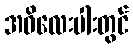
အဓိလေးပါးတွင်